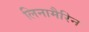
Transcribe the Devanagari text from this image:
लिनामैरिन